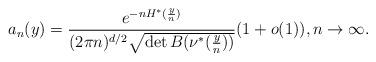
LaTeX: \begin{align*}a_n(y)= \frac{e^{-nH^*(\frac{y}{n})}}{(2\pi n)^{d/2}\sqrt{\det B(\nu^*(\frac{y}{n}))}}(1+o(1)), n\to\infty.\end{align*}